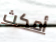
أمكث